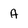
Character: A